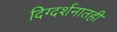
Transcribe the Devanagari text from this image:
दिग्दर्शनातही